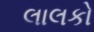
લાલકો